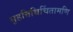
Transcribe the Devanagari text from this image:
बृहत्तिथिचिंतामणि